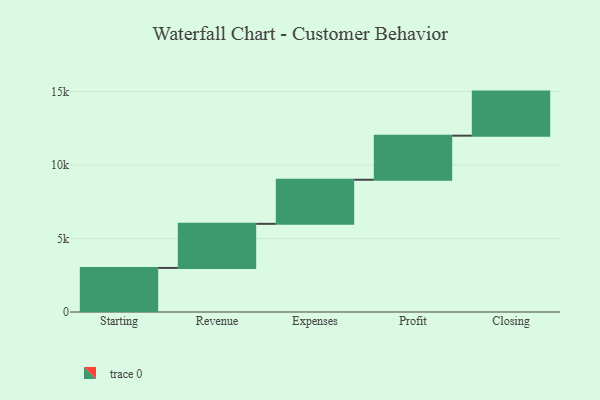
{"axis": {"x": "Step", "y": "Value"}, "legend": [""], "data": [{"x": "Starting", "y": 3000, "type": ""}, {"x": "Revenue", "y": 3000, "type": ""}, {"x": "Expenses", "y": 3000, "type": ""}, {"x": "Profit", "y": 3000, "type": ""}, {"x": "Closing", "y": 3000, "type": ""}]}